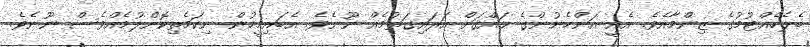
ބެލެހެއްޓުމުގެ ޒިންމާއެވެ. އެއީ އަންހެނުންގެ ޙައްޤަށް އަރައިގަތުމެއް ނޫނެވެ. އެބައިމީހުން ނިކަމެތިކޮށްލުމެއްވެސް ނޫނެވެ.